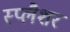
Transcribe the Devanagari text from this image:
स्प्लैशर